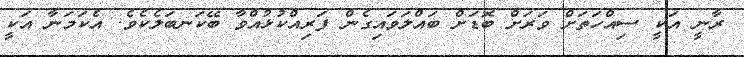
ރާނީ އަކީ ސިއްހަތަށް ވަރަށް ބޮޑަށް ބައްލަވައިގެން ފަރިއްކުޅުއްވާ ބޭކަނބަލެކެވެ. އެކަމަނާ އަކީ